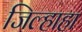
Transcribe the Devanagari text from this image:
जिल्हाहा